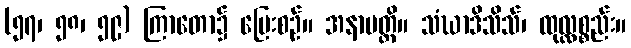
(၅၇၊ ၅၈၊ ၅၉) ကြာတော၌ ပြေးစဉ်။ အနာပတ္တိ။ သံဃာဒိသိသ်၊ ထုလ္လစ္စည်း။